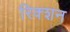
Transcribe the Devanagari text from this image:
रिक्शन